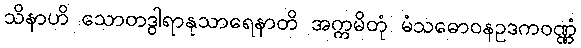
သိနာဟိ သောတဒွါရာနုသာရေနာတိ အက္ကမိတုံ မံသဓောဝနဥဒကဝဏ္ဏံ